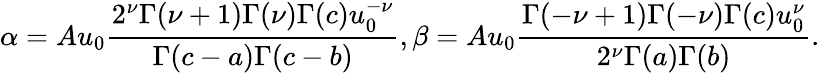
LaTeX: \alpha=Au_{0}{\frac{2^{\nu}\Gamma(\nu+1)\Gamma(\nu)\Gamma(c)u_{0}^{-\nu}}{\Gamma(c-a)\Gamma(c-b)}},\beta=Au_{0}{\frac{\Gamma(-\nu+1)\Gamma(-\nu)\Gamma(c)u_{0}^{\nu}}{2^{\nu}\Gamma(a)\Gamma(b)}}.